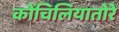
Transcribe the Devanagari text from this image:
कोंचिलियातोरे